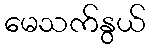
မေသက်နွယ်